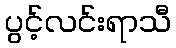
ပွင့်လင်းရာသီ